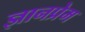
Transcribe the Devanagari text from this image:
ज्ञानप्रेम